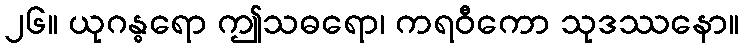
၂၆။ ယုဂန္ဓရော ဤသဓရော၊ ကရဝီကော သုဒဿနော။